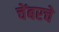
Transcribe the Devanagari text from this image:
चेंबरचे